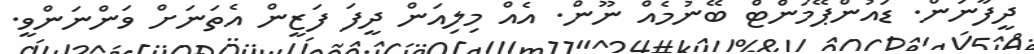
ދީފާނަން. ޑައުންޕޭމަންޓް ބޭނުމެއް ނޫން. އެއް މިލިއަން ދީފަ ފަޒީން އެތަނަށް ވަންނަންވީ.